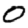
Digit: 0